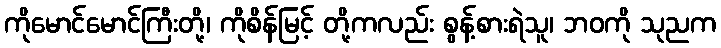
ကိုမောင်မောင်ကြီးတို့၊ ကိုစိန်မြင့် တို့ကလည်း စွန့်စားရဲသူ၊ ဘဝကို သုညက